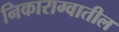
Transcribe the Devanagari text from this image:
निकाराग्वातील